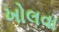
ખોલવા